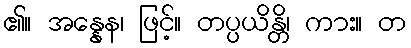
၏။ အန္နေန၊ ဖြင့်။ တပ္ပယိန္တိ၊ ကား။ တ